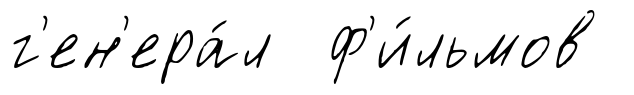
г'ен'ера́л ф'и́льмов